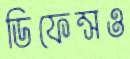
ডিফেন্সও